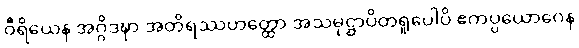
ဝီရိယေန အဂ္ဂိဒဍ္ဎာ အတိရဿဟတ္ထော အသမုဋ္ဌာပိတရူပေါပိ ဧကပ္ပယောဂေန